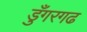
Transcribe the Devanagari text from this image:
डुँगरगढ